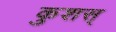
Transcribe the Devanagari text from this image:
कुशस्